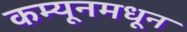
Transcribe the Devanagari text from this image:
कम्यूनमधून